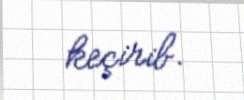
keçirib.